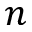
n